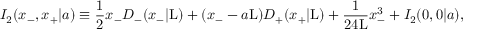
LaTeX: I _ { 2 } ( x _ { - } , x _ { + } | a ) \equiv \frac { 1 } { 2 } x _ { - } D _ { - } ( x _ { - } | \mathrm { L } ) + ( x _ { - } - a \mathrm { L } ) D _ { + } ( x _ { + } | \mathrm { L } ) + \frac { 1 } { 2 4 \mathrm { L } } x _ { - } ^ { 3 } + I _ { 2 } ( 0 , 0 | a ) ,